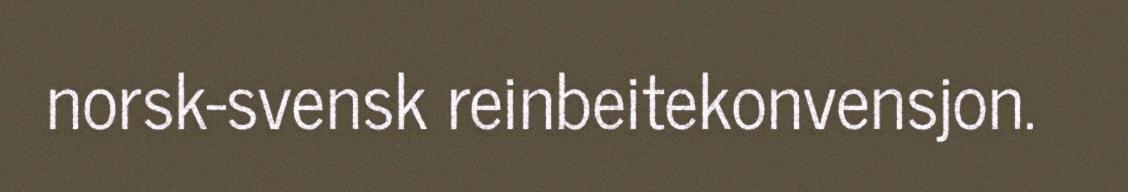
norsk-svensk reinbeitekonvensjon.